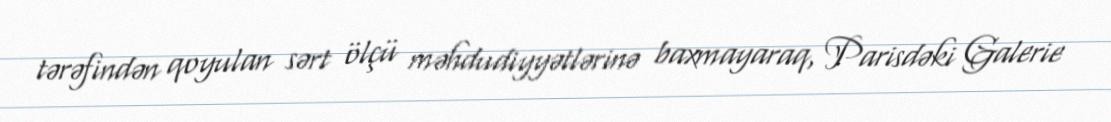
tərəfindən qoyulan sərt ölçü məhdudiyyətlərinə baxmayaraq, Parisdəki Galerie